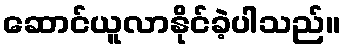
ဆောင်ယူလာနိုင်ခဲ့ပါသည်။